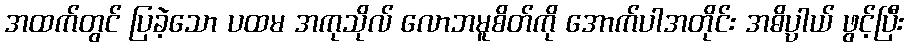
အထက်တွင် ပြခဲ့သော ပထမ အကုသိုလ် လောဘမူစိတ်ကို အောက်ပါအတိုင်း အဓိပ္ပာယ် ဖွင့်ပြီး